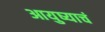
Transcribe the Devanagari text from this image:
आयुष्याचं